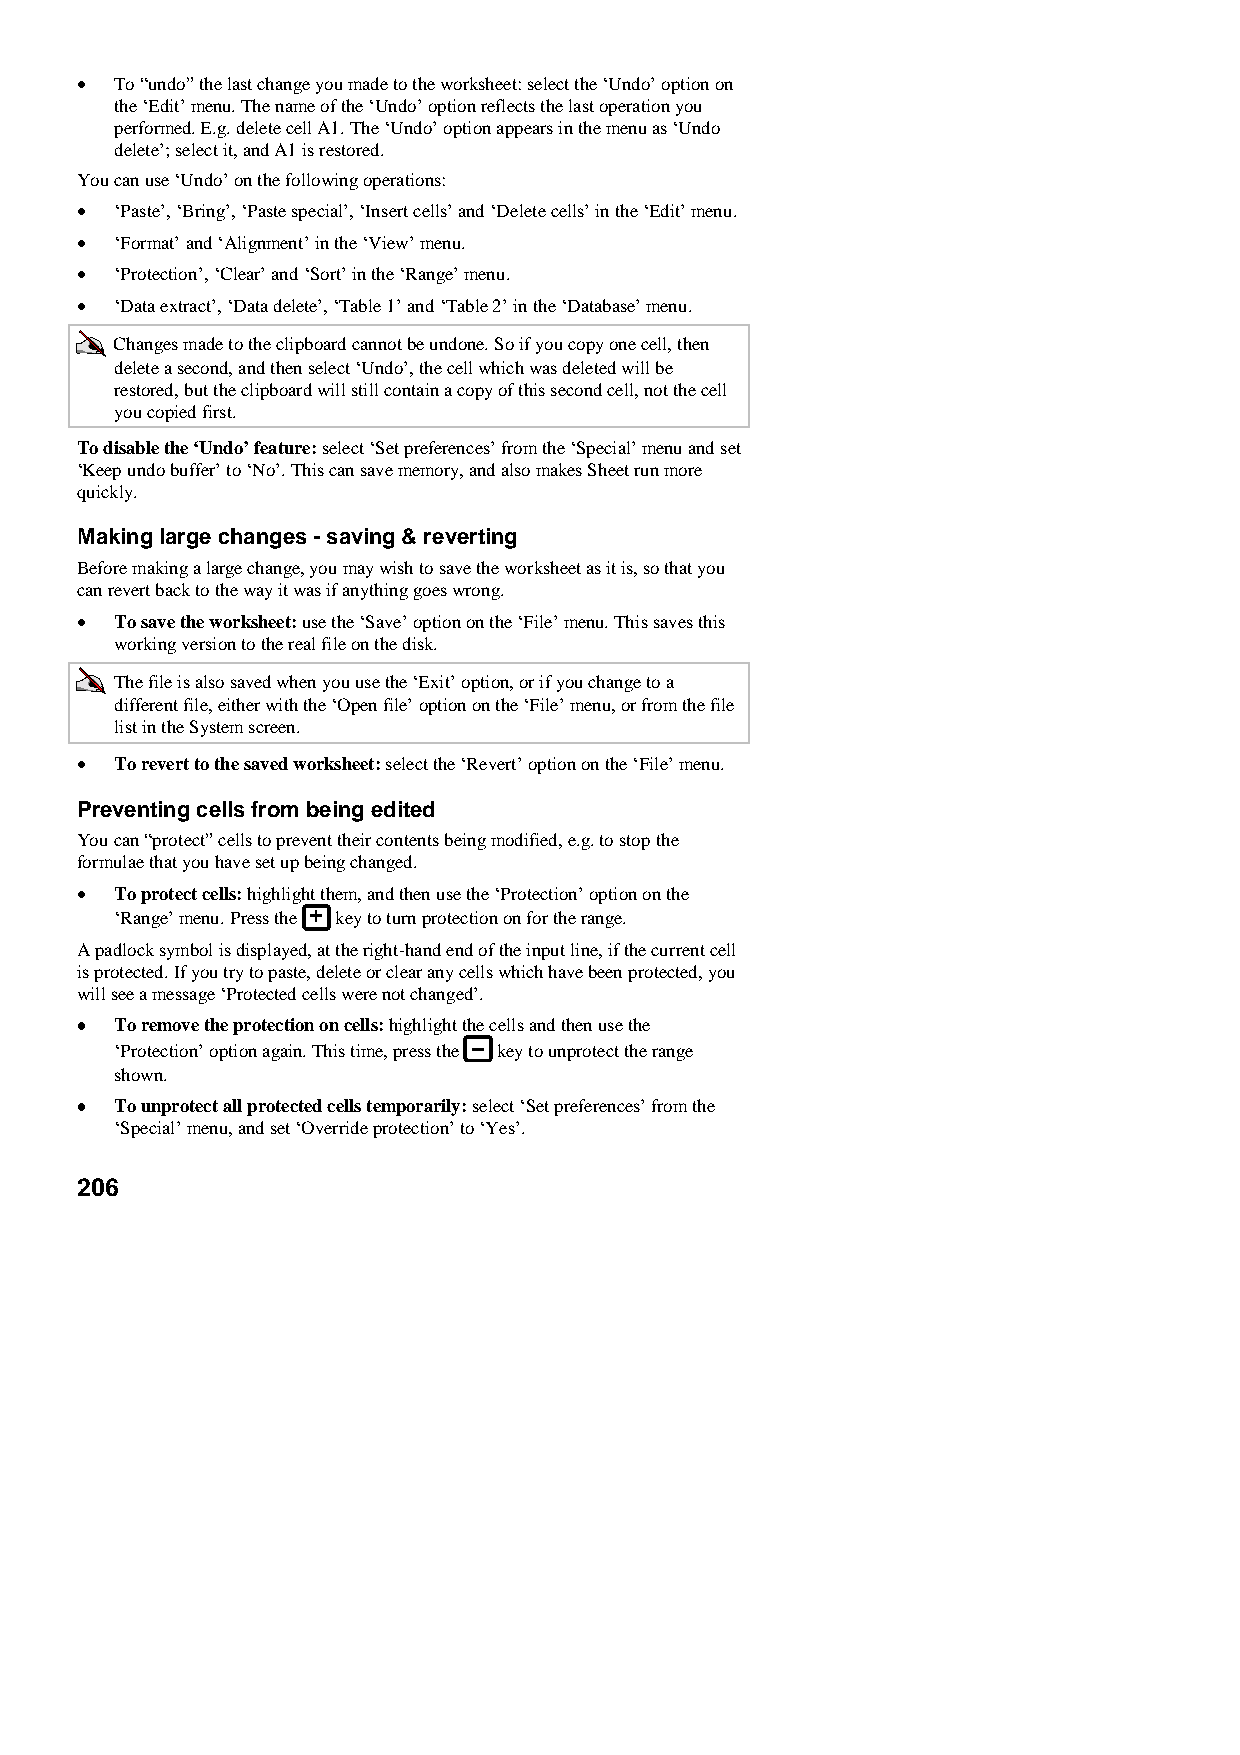
•  To “undo” the last change you made to the worksheet: select the ‘Undo’ option on
 the ‘Edit’ menu. The name of the ‘Undo’ option reflects the last operation you
 performed. E.g. delete cell A1. The ‘Undo’ option appears in the menu as ‘Undo
 delete’; select it, and A1 is restored.
 You can use ‘Undo’ on the following operations:
 •  ‘Paste’, ‘Bring’, ‘Paste special’, ‘Insert cells’ and ‘Delete cells’ in the ‘Edit’ menu.
 •  ‘Format’ and ‘Alignment’ in the ‘View’ menu.
 •  ‘Protection’, ‘Clear’ and ‘Sort’ in the ‘Range’ menu.
 •  ‘Data extract’, ‘Data delete’, ‘Table 1’ and ‘Table 2’ in the ‘Database’ menu.
 Changes made to the clipboard cannot be undone. So if you copy one cell, then
 delete a second, and then select ‘Undo’, the cell which was deleted will be
 restored, but the clipboard will still contain a copy of this second cell, not the cell
 you copied first.
 To disable the ‘Undo’ feature: select ‘Set preferences’ from the ‘Special’ menu and set
 ‘Keep undo buffer’ to ‘No’. This can save memory, and also makes Sheet run more
 quickly.
 Making large changes - saving & reverting
 Before making a large change, you may wish to save the worksheet as it is, so that you
 can revert back to the way it was if anything goes wrong.
 •  To save the worksheet: use the ‘Save’ option on the ‘File’ menu. This saves this
 working version to the real file on the disk.
 The file is also saved when you use the ‘Exit’ option, or if you change to a
 different file, either with the ‘Open file’ option on the ‘File’ menu, or from the file
 list in the System screen.
 •  To revert to the saved worksheet: select the ‘Revert’ option on the ‘File’ menu.
 Preventing cells from being edited
 You can “protect” cells to prevent their contents being modified, e.g. to stop the
 formulae that you have set up being changed.
 •••• To protect cells: highlight them, and then use the ‘Protection’ option on the
 ‘Range’ menu. Press the key to turn protection on for the range.
 A padlock symbol is displayed, at the right-hand end of the input line, if the current cell
 is protected. If you try to paste, delete or clear any cells which have been protected, you
 will see a message ‘Protected cells were not changed’.
 •••• To remove the protection on cells: highlight the cells and then use the
 ‘Protection’ option again. This time, press the key to unprotect the range
 shown.
 •••• To unprotect all protected cells temporarily: select ‘Set preferences’ from the
 ‘Special’ menu, and set ‘Override protection’ to ‘Yes’.
 206